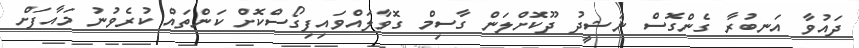
ދައުވާ އަނބުރާ ގެންގޮސް ނަޝީދު ދޫކޮށްލަން ގާސިމް ގޮވާލައްވައިފިގޯސްކޮށް ކަންތައް ކުރެވުނު މައާފަށް